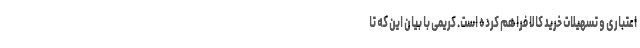
اعتباری و تسهیلات خرید کالا فراهم كرده است. کریمی با بیان این كه تا